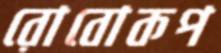
রোবোকপ